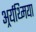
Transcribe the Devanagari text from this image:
अर्र्यथ्मिया